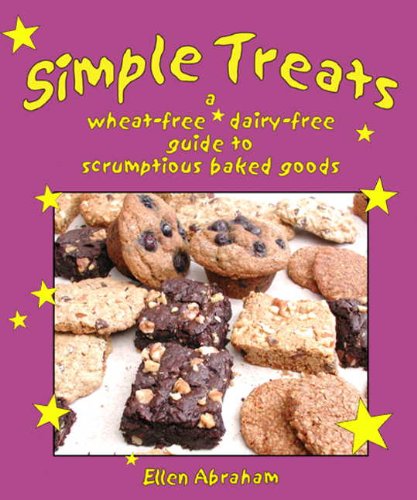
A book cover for Simple Treats: A Wheat-Free, Dairy-Free Guide to Scrumptious Baked Goods; Ellen Abraham; Cookbooks, Food & Wine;